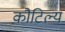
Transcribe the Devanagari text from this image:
कौटिल्यं